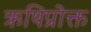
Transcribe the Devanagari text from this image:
ऋषिप्रोक्त